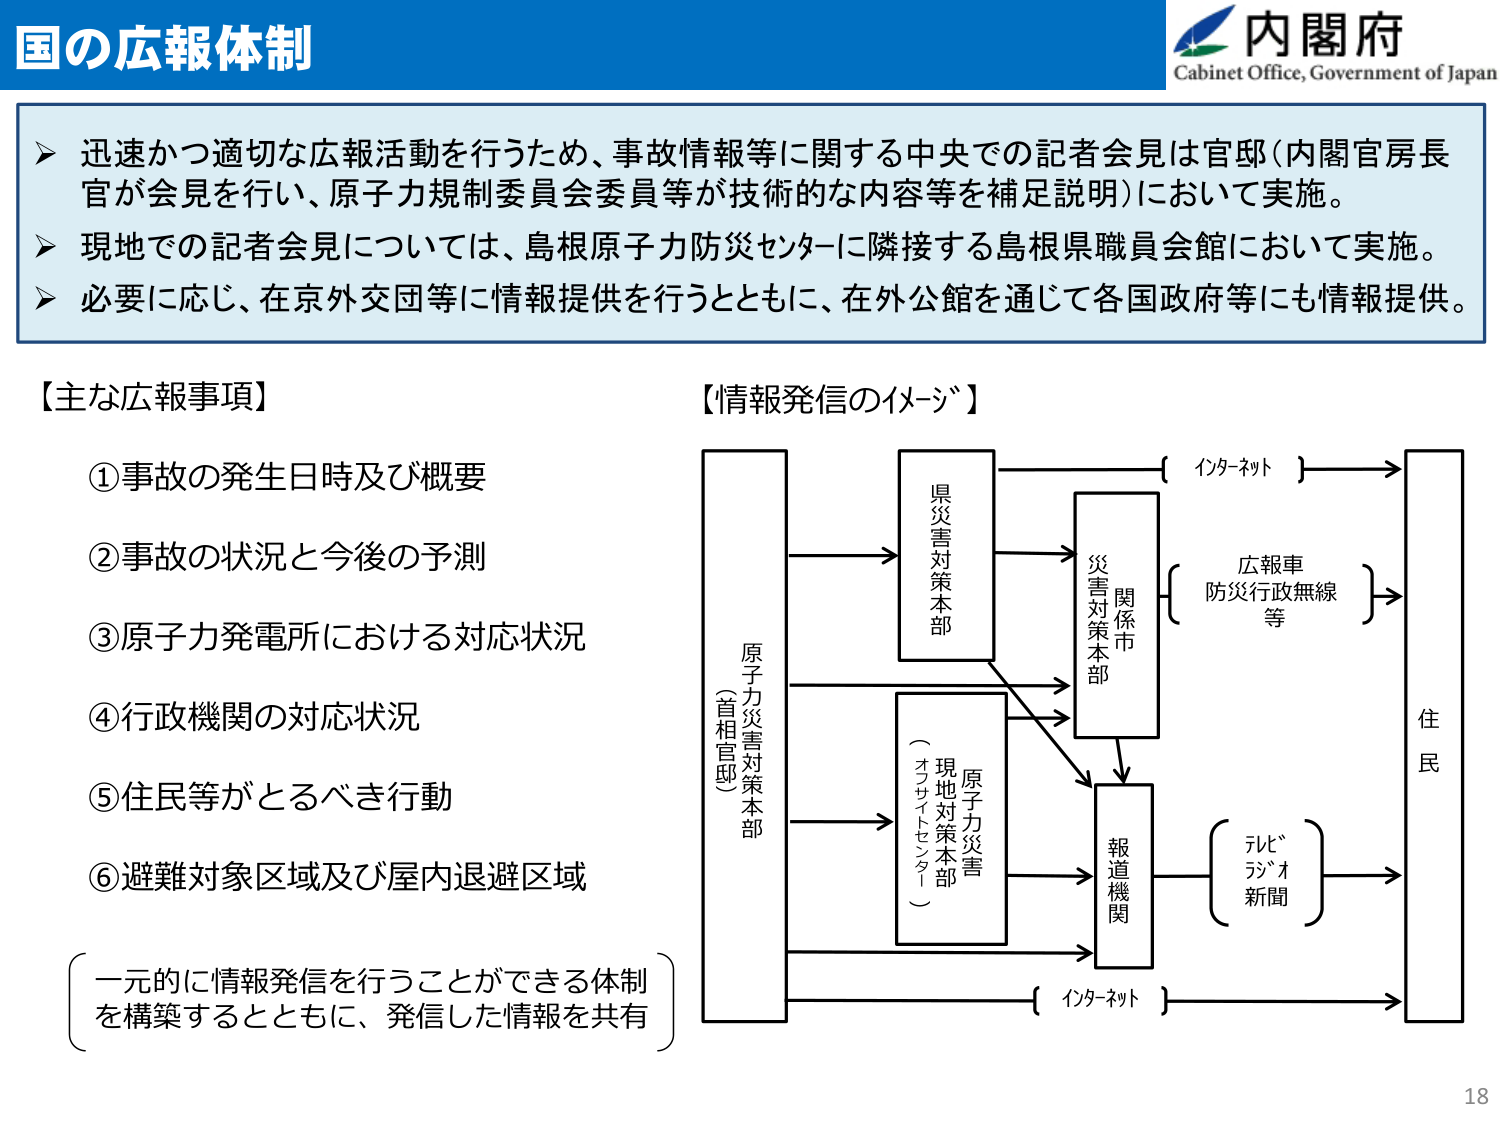
国の広報体制

内閣府
Cabinet Office, Government of Japan

▶ 迅速かつ適切な広報活動を行うため、事故情報等に関する中央での記者会見は官邸（内閣官房長官が会見を行い、原子力規制委員会委員等が技術的な内容等を補足説明）において実施。
▶ 現地での記者会見については、島根原子力防災センターに隣接する島根県職員会館において実施。
▶ 必要に応じ、在京外交団等に情報提供を行うとともに、在外公館を通じて各国政府等にも情報提供。

【主な広報事項】
①事故の発生日時及び概要
②事故の状況と今後の予測
③原子力発電所における対応状況
④行政機関の対応状況
⑤住民等がとるべき行動
⑥避難対象区域及び屋内退避区域

（一元的に情報発信を行うことができる体制を構築するとともに、発信した情報を共有）

【情報発信のイメージ】

原子力災害対策本部
（首相官邸）

県災害対策本部

原子力災害
現地対策本部
（オフサイトセンター）

関係市
災害対策本部

報道機関

インターネット

広報車
防災行政無線
等

テレビ
ラジオ
新聞

住民

インターネット

18